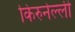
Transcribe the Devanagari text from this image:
किरुनेल्ली